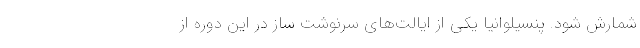
شمارش شود. پنسیلوانیا یکی از ایالت‌های سرنوشت ساز در این دوره از